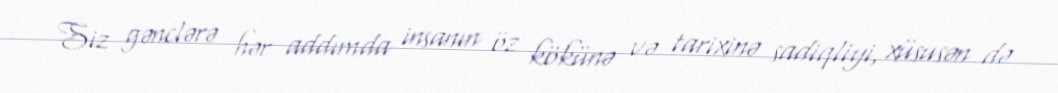
Siz gənclərə hər addımda insanın öz kökünə və tarixinə sadiqliyi, xüsusən də